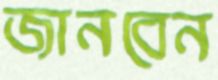
জানবেন